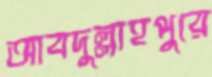
আবদুল্লাহপুরে